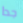
جدا